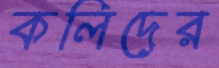
কলিদের